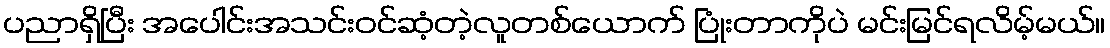
ပညာရှိပြီး အပေါင်းအသင်းဝင်ဆံ့တဲ့လူတစ်ယောက် ပြုံးတာကိုပဲ မင်းမြင်ရလိမ့်မယ်။